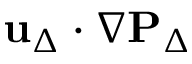
\mathbf { u } _ { \Delta } \cdot \nabla \mathbf { P } _ { \Delta }